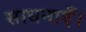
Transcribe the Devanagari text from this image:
साधनाएँ।